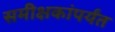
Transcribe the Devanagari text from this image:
समीक्षकांपर्यंत